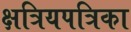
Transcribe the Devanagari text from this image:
क्षत्रियपत्रिका